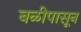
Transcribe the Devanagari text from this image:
बळीपासून